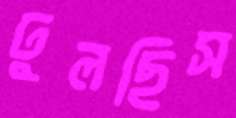
ঢুলছিস